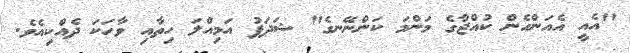
"އެއީ އެއަންހެން ކުއްޖާގެ މަންމަ ކަންނޭނގެ" ޝަދަފު އަމިއްލަ ހިތާއި ވާހަކަ ދެއްކިއެވެ.